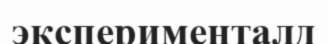
эксперименталд